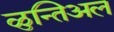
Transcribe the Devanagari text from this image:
ळुन्तिअल